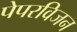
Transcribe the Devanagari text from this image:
पेपरविजन